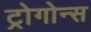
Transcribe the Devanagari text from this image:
ट्रोगोन्स